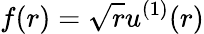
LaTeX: f(r)=\sqrt{r}u^{(1)}(r)